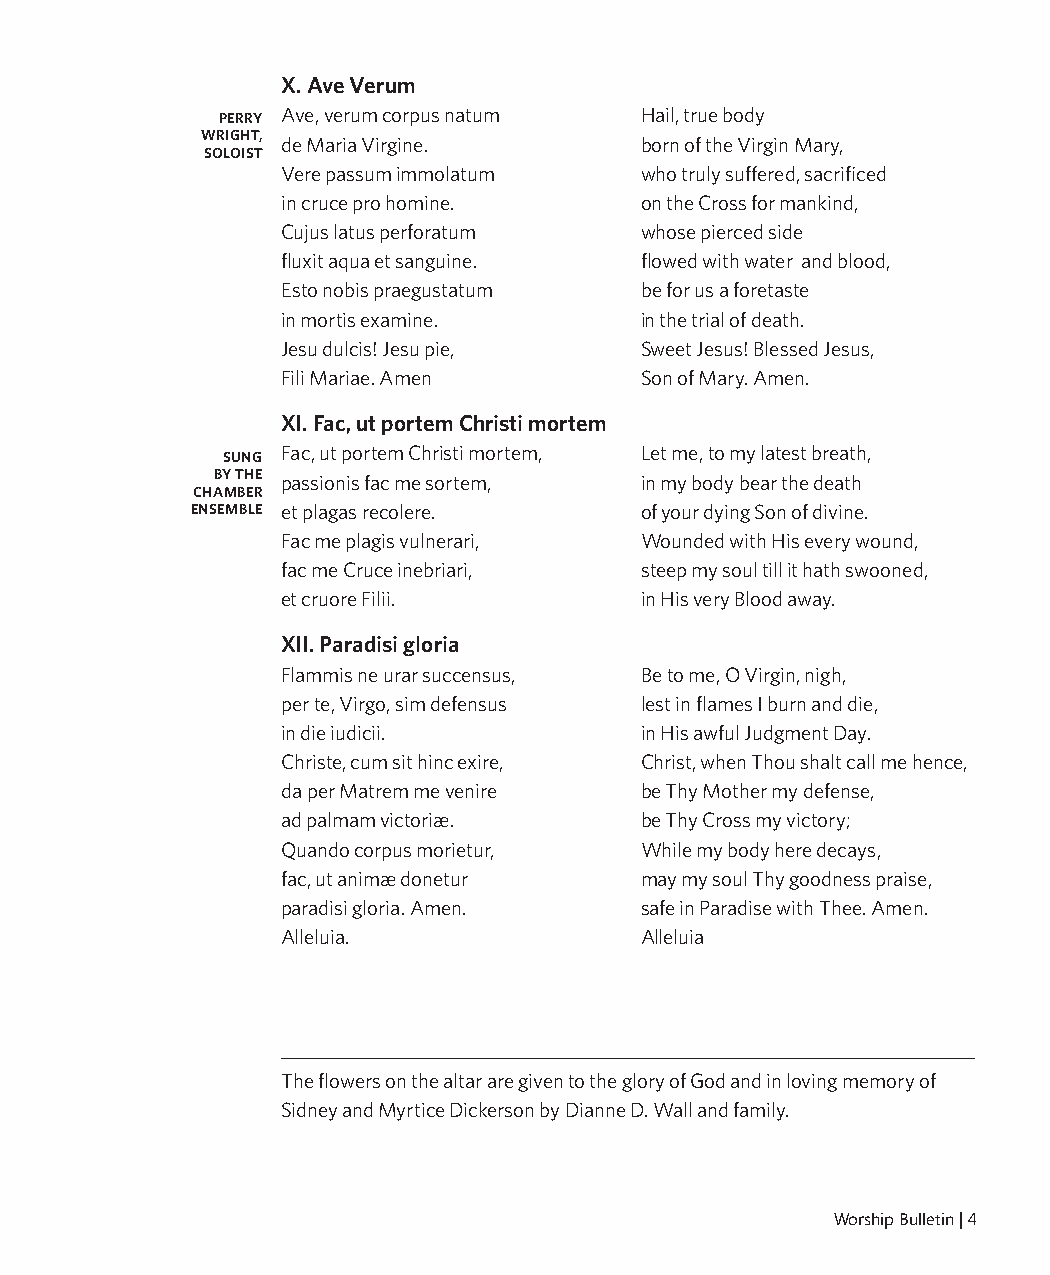
X. Ave Verum
 PERRY Ave, verum corpus natum Hail, true body
 WRIGHT,
 de Maria Virgine.      born of the Virgin Mary,
 SOLOIST
 Vere passum immolatum  who truly suffered, sacrificed
 in cruce pro homine.   on the Cross for mankind,
 Cujus latus perforatum whose pierced side
 fluxit aqua et sanguine. flowed with water and blood,
 Esto nobis praegustatum be for us a foretaste
 in mortis examine.     in the trial of death.
 Jesu dulcis! Jesu pie, Sweet Jesus! Blessed Jesus,
 The Sacrament of Holy Communion
 8:30 Turn to page 9 in the hymnal for the liturgy. At Athens First United Methodist Church, all are invited Fili Mariae. Amen Son of Mary. Amen.
 to commune at Christ’s table. If you need to be served in your pew, please call this to the attention
 of an usher. Note that gluten free communion elements are located at the stations in the front of XI. Fac, ut portem Christi mortem
 the sanctuary.
 SUNG Fac, ut portem Christi mortem, Let me, to my latest breath,
 BY THE passionis fac me sortem, in my body bear the death
 CHAMBER
 ENSEMBLE et plagas recolere. of your dying Son of divine.
 Fac me plagis vulnerari, Wounded with His every wound,
 fac me Cruce inebriari, steep my soul till it hath swooned,
 et cruore Filii.       in His very Blood away.
 XII. Paradisi gloria
 Flammis ne urar succensus, Be to me, O Virgin, nigh,
 per te, Virgo, sim defensus lest in flames I burn and die,
 in die iudicii.        in His awful Judgment Day.
 Christe, cum sit hinc exire, Christ, when Thou shalt call me hence,
 da per Matrem me venire be Thy Mother my defense,
 ad palmam victoriæ.    be Thy Cross my victory;
 Quando corpus morietur, While my body here decays,
 fac, ut animæ donetur  may my soul Thy goodness praise,
 paradisi gloria. Amen. safe in Paradise with Thee. Amen.
 Alleluia.              Alleluia
 The flowers on the altar are given to the glory of God and in loving memory of
 Sidney and Myrtice Dickerson by Dianne D. Wall and family.
 Worship Bulletin | 4